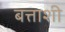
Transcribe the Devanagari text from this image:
बत्ताशी